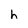
Character: h